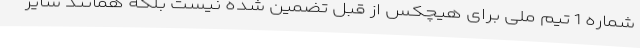
شماره 1 تیم ملی برای هیچکس از قبل تضمین شده نیست بلکه همانند سایر